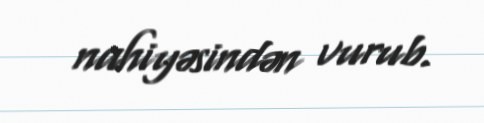
nahiyəsindən vurub.